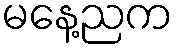
မနေ့ညက